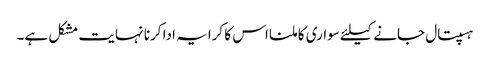
ہسپتال جانے کیلئے سواری کا ملنا اس کا کرایہ ادا کرنا نہایت مشکل ہے۔